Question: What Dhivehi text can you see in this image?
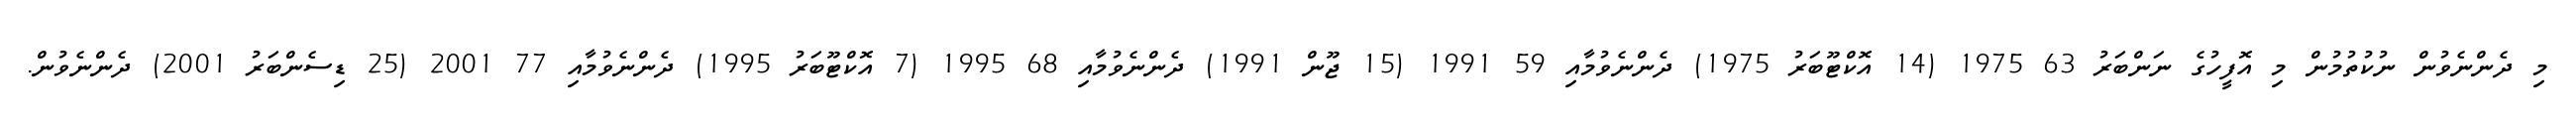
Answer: މި ދެންނެވުން ނުކުތުމުން މި އޮފީހުގެ ނަންބަރު 63 1975 (14 އޮކްޓޫބަރު 1975) ދެންނެވުމާއި 59 1991 (15 ޖޫން 1991) ދެންނެވުމާއި 68 1995 (7 އޮކްޓޫބަރު 1995) ދެންނެވުމާއި 77 2001 (25 ޑިސެންބަރު 2001) ދެންނެވުން.